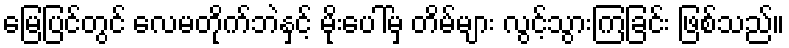
မြေပြင်တွင် လေမတိုက်ဘဲနှင့် မိုးပေါ်မှ တိမ်များ လွင့်သွားကြခြင်း ဖြစ်သည်။